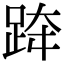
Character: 𨀗